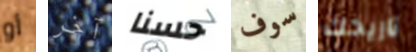
أو آخر حسنا سوف تاريخك